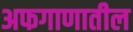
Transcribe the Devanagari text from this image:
अफगाणातील